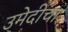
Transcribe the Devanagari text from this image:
उमेदीचा